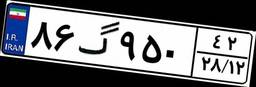
۸۶گ۹۵۰۴۲